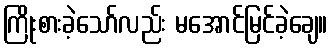
ကြိုးစားခဲ့သော်လည်း မအောင်မြင်ခဲ့ချေ။